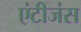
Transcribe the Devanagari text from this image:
एंटीजंस